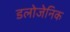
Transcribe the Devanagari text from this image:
डलोजेनिक